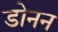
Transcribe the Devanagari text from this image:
डोनन